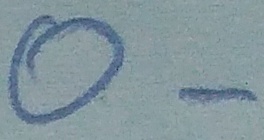
Text: O-